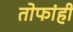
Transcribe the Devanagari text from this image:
तोफांही